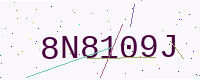
Text: 8N8109J